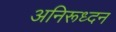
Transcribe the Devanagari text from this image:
अनिरूध्दन